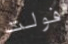
فولت